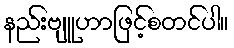
နည်းဗျူဟာဖြင့်စတင်ပါ။